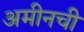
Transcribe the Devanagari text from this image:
अमीनची